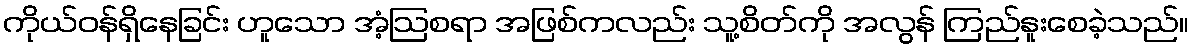
ကိုယ်ဝန်ရှိနေခြင်း ဟူသော အံ့ဩစရာ အဖြစ်ကလည်း သူ့စိတ်ကို အလွန် ကြည်နူးစေခဲ့သည်။